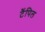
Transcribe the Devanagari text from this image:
टैंपिल